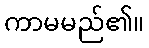
ကာမမည်၏။